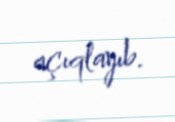
açıqlayıb.